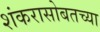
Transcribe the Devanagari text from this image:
शंकरासोबतच्या